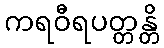
ကရဝီရပတ္တန္တိ